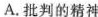
A.批判的精神